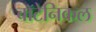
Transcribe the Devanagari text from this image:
बॉटेनिकल